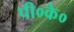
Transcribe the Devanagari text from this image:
पी०के०